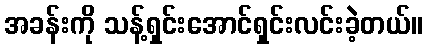
အခန်းကို သန့်ရှင်းအောင်ရှင်းလင်းခဲ့တယ်။